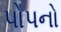
પોપનો